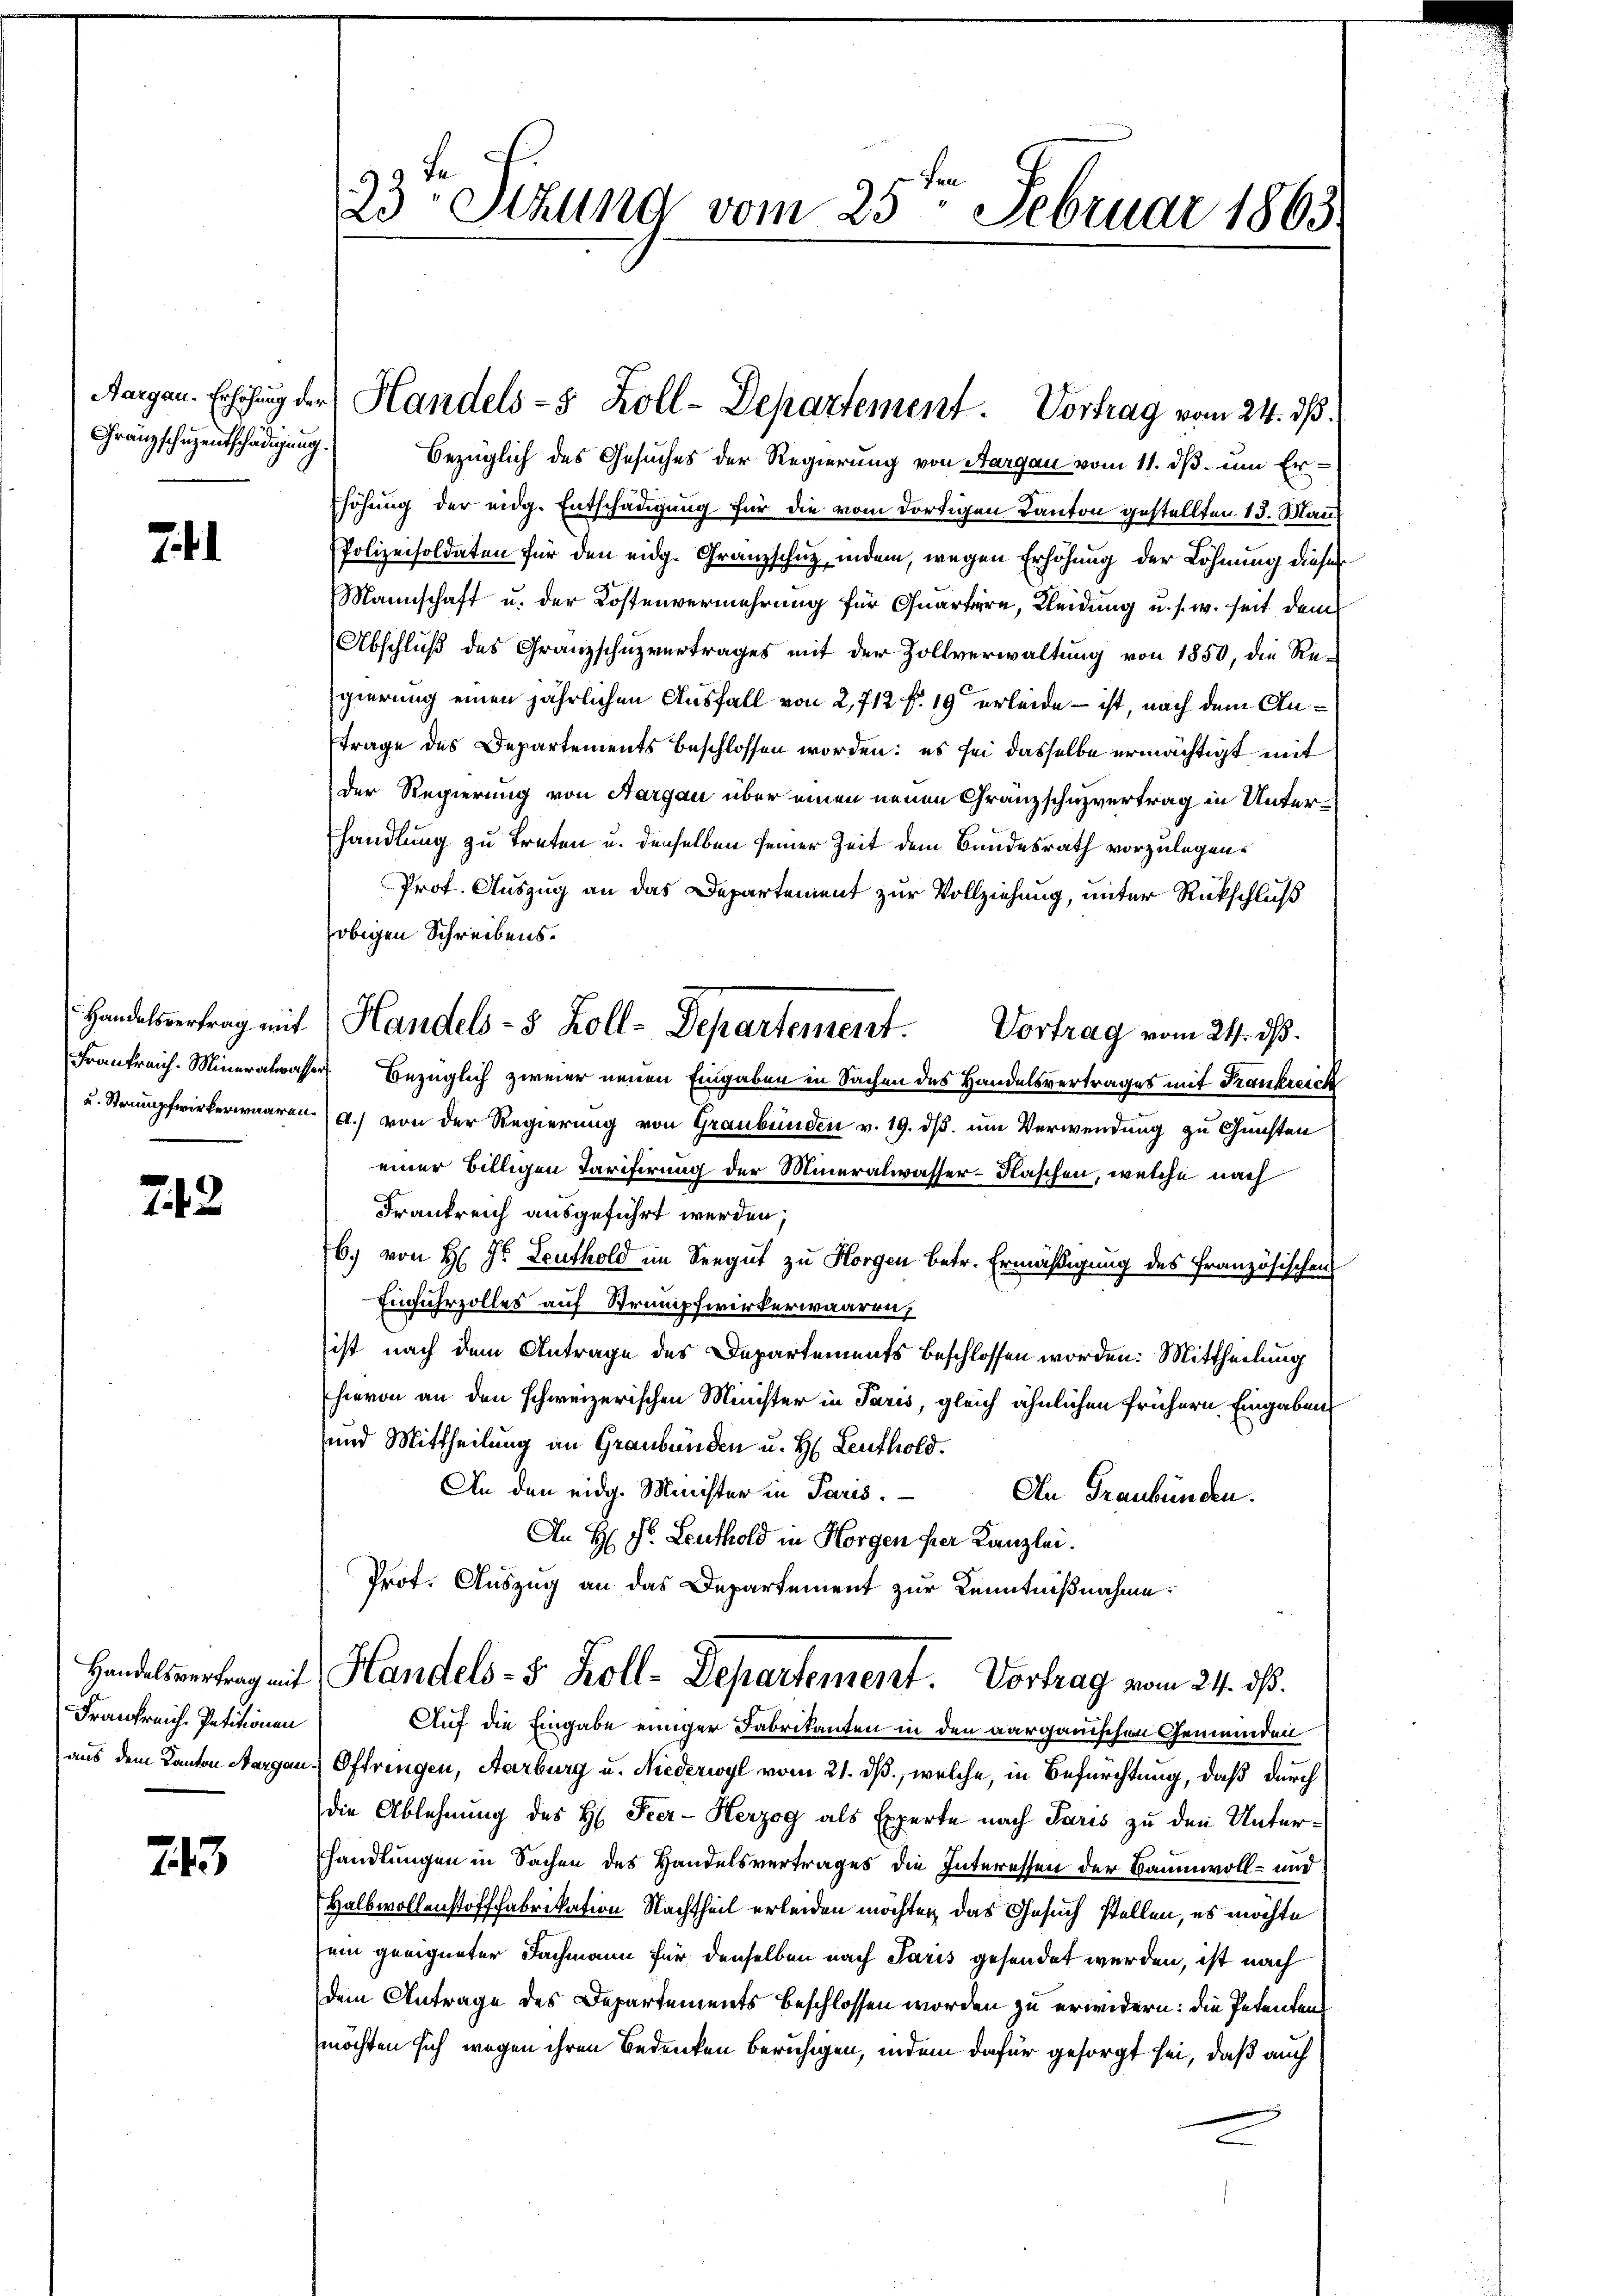
Franzschuzentschädigung.

74

Handelsvertrag mit
Frankreich. Mineralwasse
und Strumpf wirkerwaaren.

242

Handelsvertrag mit
Frankreich. Petitionen
aus dem Kanton Aargau

243

23 Stund vom 25. Februar 1863.

Aargau. Erhöhung der Handels- 5 Zoll-Departement. Vortrag vom 24. ds.

bezüglich des Gesuches der Regierung von Aargau vom 11. ds. um Erhöhung der eidg. Entschädigung für die vom dortigen Kanton gestellten 13. Man
Polizeisoldaten für den eidg. Granzschutz, indem, wegen Erhöhung der Löhnung dieser
Mannschaft u. der Kostenvermehrung für Quartiere, Kleidung u. s. w. seit dem
Abschluß des Granzschuzvertrages mit der Zollverwaltung von 1850, die Re-
gierung einen jährlichen Ausfall von 2,712 f. 19 erleide ist, nach dem Antrage des Departements beschlossen worden: es sei dasselbe ermächtigt mit
der Regierung von Aargau über einen neuen Gränzschuzvertrag in Unterhandlung zu treten u. denselben seiner Zeit dem Bundesrath vorzulegen.
Prof. Auszug an das Departement zur Vollziehung, unter Rückschluß
obigen Schreibens.
in Bezüglich zweier neuen Eingaben in Sachen des Handelsvertrages mit Frankreich
d.) von der Regierung von Graubünden v. 19. ds. um Verwendung zu Gunsten
einer billigen Tarifirung der Mineralwasser-Flaschen, welche nach
Frankreich ausgeführt werden,
6.) von H: Dr. Leuthold im Seegut zu Horgen betr. Ermäßigung des französischen
Einfuhrzolles auf Strumpfwirkerwaaren,
ist nach dem Antrage des Departements beschlossen worden. Mittheilung
hievon an den schweizerischen Minister in Paris, gleich ähnlichen frühern Eingaben
und Mittheilung an Graubünden u. H. Leuthold.
An den eidg. Minister in Paris.
An Graubünden.
An H: Dr. Leuthold in Horgen per Kanzlei.
Prot. Auszug an das Departement zur Kenntnißnahme.
Handels- & Koll-Departement. Vortrag vom 24. ds.
Auf die Eingabe einiger Fabrikanten in den aargauischen Gemeinden
Oftringen, Aarburg u. Niederwyl vom 21. ds., welche, in Befürchtung, daß durch
die Ablehnung des H. Feer- Herzog als Experte nach Paris zu den Unterhandlungen in Sachen des Handelsvertrages die Interessen der Baumwoll- und
Halbwollenstofffabrikation Nachtheil erleiden möchten, das Gesuch stellen, es möchte
sein geeigneter Fachmann für denselben nach Paris gesendet werden, ist nach
dem Antrage des Departements beschlossen worden zu erwidern: die Petenten
möchten sich wegen ihren Bedenken beruhigen, indem dafür gesorgt sei, daß auch

Handels- 5 Zoll-Departement. Vortrag vom 24. ds.